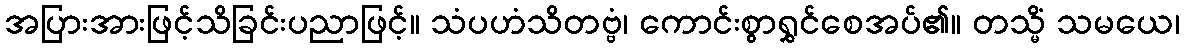
အပြားအားဖြင့်သိခြင်းပညာဖြင့်။ သံပဟံသိတဗ္ဗံ၊ ကောင်းစွာရွှင်စေအပ်၏။ တသ္မိံ သမယေ၊